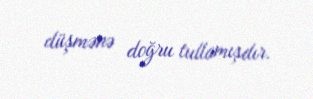
düşmənə doğru tullamışdır.